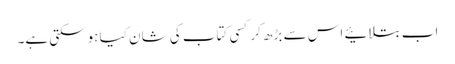
اب بتلائیے اس سے بڑھ کر کسی کتاب کی شان کیا ہوسکتی ہے۔